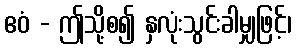
ဧဝံ - ဤသို့စ၍ နှလုံးသွင်းခါမျှဖြင့်၊